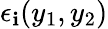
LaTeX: \epsilon_{\mathbf{i}}(y_{1},y_{2})